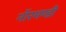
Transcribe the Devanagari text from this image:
नॉरमण्डी